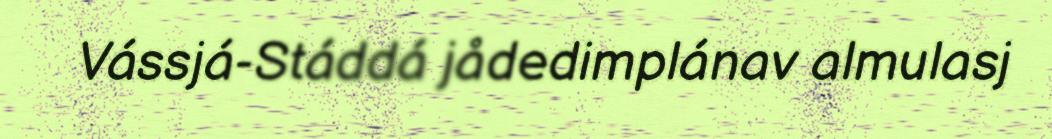
Vássjá-Stáddá jådedimplánav almulasj